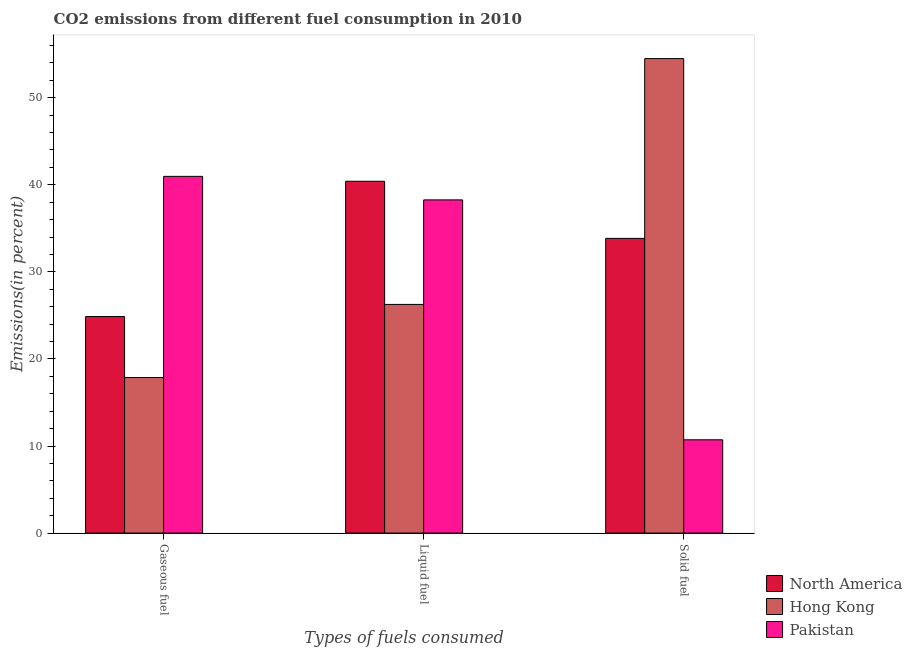
| Types of fuels consumed | North America | Hong Kong | Pakistan |
 | --- | --- | --- | --- |
 | Gaseous fuel | 24.9 | 17.9 | 41 |
 | Liquid fuel | 40.4 | 26.3 | 38.3 |
 | Solid fuel | 33.8 | 54.5 | 10.7 |